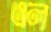
এল